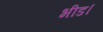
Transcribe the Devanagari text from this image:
भीड।